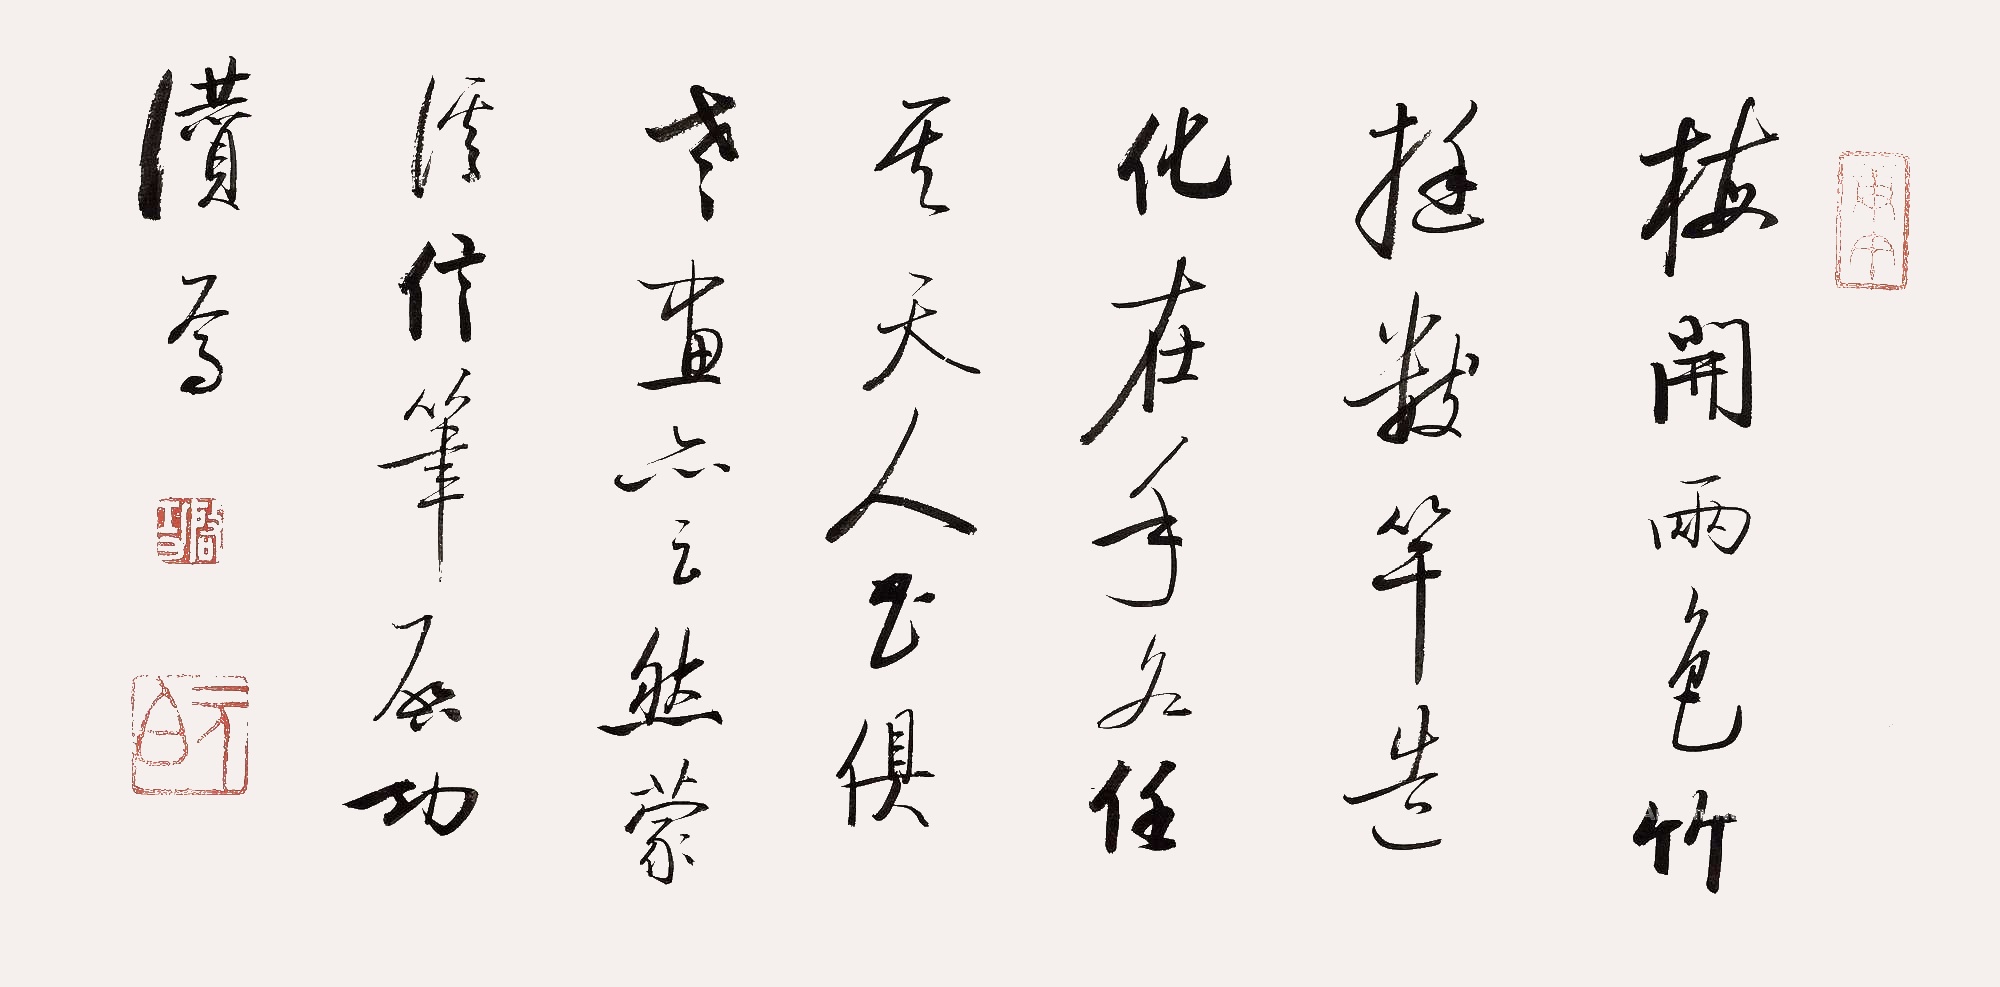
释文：梅开两色，竹挺数竿。造化在手，各任其天。人书俱老，画亦云然。蒙淇信笔。启功讃写。